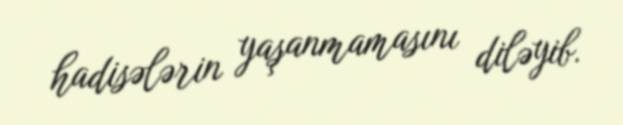
hadisələrin yaşanmamasını diləyib.